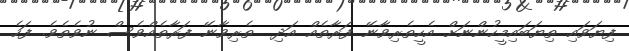
ފިޔަވައި ތިޔަބައިމީހުންނަށް އެހީތެރިވާނޭ ފަރާތެއް އަދި  ތެރިވާނޭ ފަރާތެއްވެސް ނުވެތެވެ. ފަހެ